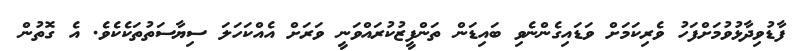
ފާޑުވިދާޅުވުމަށްފަހު ވެރިކަމަށް ވަޑައިގެންނެވި ބައިޑަން ތަންފީޒުކުރައްވަނީ ވަރަށް އެއްކަހަލަ ސިޔާސަތުތަކެކެވެ. އެ ގޮތުން